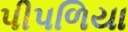
પીપળિયા